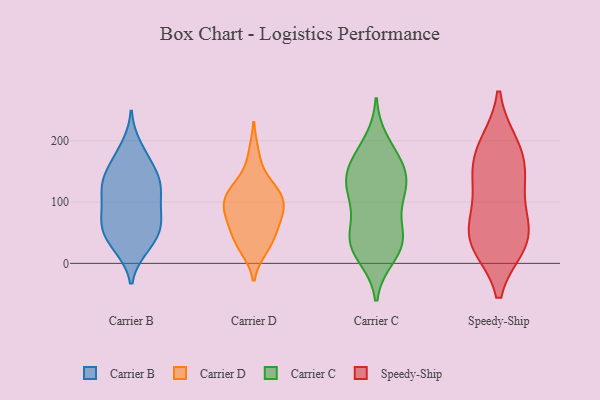
{"axis": {"x": "Gross Profit (USD K)", "y": "Value"}, "legend": ["Carrier B", "Carrier C", "Carrier D", "Speedy-Ship"], "data": [{"x": "", "y": 190, "type": "Carrier B"}, {"x": "", "y": 58, "type": "Carrier B"}, {"x": "", "y": 52, "type": "Carrier B"}, {"x": "", "y": 26, "type": "Carrier B"}, {"x": "", "y": 64, "type": "Carrier B"}, {"x": "", "y": 133, "type": "Carrier B"}, {"x": "", "y": 66, "type": "Carrier B"}, {"x": "", "y": 36, "type": "Carrier B"}, {"x": "", "y": 27, "type": "Carrier B"}, {"x": "", "y": 99, "type": "Carrier B"}, {"x": "", "y": 138, "type": "Carrier B"}, {"x": "", "y": 82, "type": "Carrier B"}, {"x": "", "y": 118, "type": "Carrier B"}, {"x": "", "y": 79, "type": "Carrier B"}, {"x": "", "y": 117, "type": "Carrier B"}, {"x": "", "y": 134, "type": "Carrier B"}, {"x": "", "y": 167, "type": "Carrier B"}, {"x": "", "y": 134, "type": "Carrier B"}, {"x": "", "y": 171, "type": "Carrier B"}, {"x": "", "y": 93, "type": "Carrier D"}, {"x": "", "y": 131, "type": "Carrier D"}, {"x": "", "y": 178, "type": "Carrier D"}, {"x": "", "y": 31, "type": "Carrier D"}, {"x": "", "y": 93, "type": "Carrier D"}, {"x": "", "y": 25, "type": "Carrier D"}, {"x": "", "y": 60, "type": "Carrier D"}, {"x": "", "y": 121, "type": "Carrier D"}, {"x": "", "y": 104, "type": "Carrier D"}, {"x": "", "y": 69, "type": "Carrier D"}, {"x": "", "y": 69, "type": "Carrier D"}, {"x": "", "y": 117, "type": "Carrier D"}, {"x": "", "y": 36, "type": "Carrier D"}, {"x": "", "y": 98, "type": "Carrier D"}, {"x": "", "y": 44, "type": "Carrier C"}, {"x": "", "y": 131, "type": "Carrier C"}, {"x": "", "y": 127, "type": "Carrier C"}, {"x": "", "y": 198, "type": "Carrier C"}, {"x": "", "y": 160, "type": "Carrier C"}, {"x": "", "y": 103, "type": "Carrier C"}, {"x": "", "y": 11, "type": "Carrier C"}, {"x": "", "y": 93, "type": "Carrier C"}, {"x": "", "y": 39, "type": "Carrier C"}, {"x": "", "y": 42, "type": "Carrier C"}, {"x": "", "y": 144, "type": "Carrier C"}, {"x": "", "y": 15, "type": "Carrier C"}, {"x": "", "y": 109, "type": "Carrier C"}, {"x": "", "y": 160, "type": "Carrier C"}, {"x": "", "y": 179, "type": "Carrier C"}, {"x": "", "y": 42, "type": "Carrier C"}, {"x": "", "y": 140, "type": "Carrier C"}, {"x": "", "y": 34, "type": "Carrier C"}, {"x": "", "y": 76, "type": "Speedy-Ship"}, {"x": "", "y": 118, "type": "Speedy-Ship"}, {"x": "", "y": 193, "type": "Speedy-Ship"}, {"x": "", "y": 52, "type": "Speedy-Ship"}, {"x": "", "y": 34, "type": "Speedy-Ship"}, {"x": "", "y": 153, "type": "Speedy-Ship"}, {"x": "", "y": 33, "type": "Speedy-Ship"}, {"x": "", "y": 189, "type": "Speedy-Ship"}, {"x": "", "y": 31, "type": "Speedy-Ship"}, {"x": "", "y": 147, "type": "Speedy-Ship"}]}